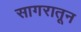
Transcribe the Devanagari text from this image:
सागरातून